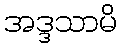
အဒ္ဒသာမိ